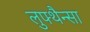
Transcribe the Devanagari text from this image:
लुफ्थैन्सा